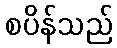
စပိန်သည်